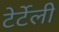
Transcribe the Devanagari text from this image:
टेर्टेली